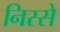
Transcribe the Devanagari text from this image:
निस्से